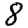
Digit: 8